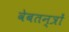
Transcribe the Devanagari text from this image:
वेबतन्त्रों